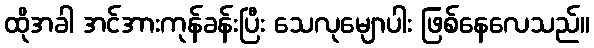
ထိုအခါ အင်အားကုန်ခန်းပြီး သေလုမျောပါး ဖြစ်နေလေသည်။